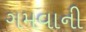
ગમવાની